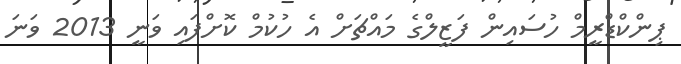
ޕިންކްޑްރީމް ހުސައިން ފަޒީލްގެ މައްޗަށް އެ ހުކުމް ކޮށްފައި ވަނީ 2013 ވަނަ